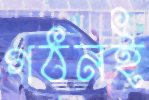
গঠনই